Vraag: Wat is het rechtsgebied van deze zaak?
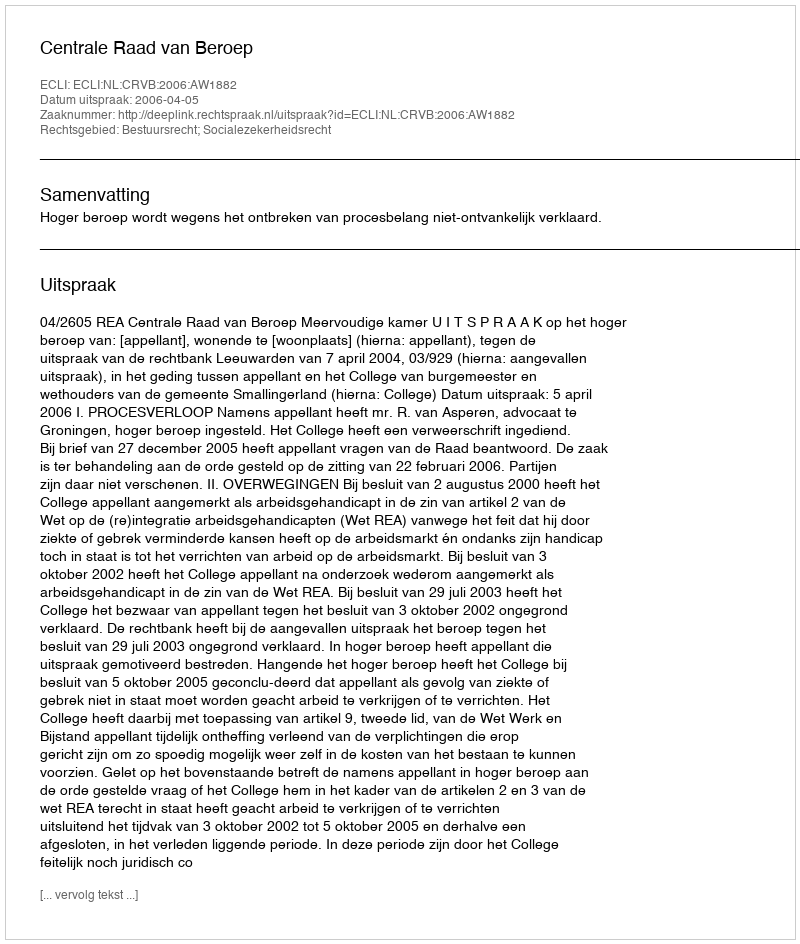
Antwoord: Bestuursrecht; Socialezekerheidsrecht